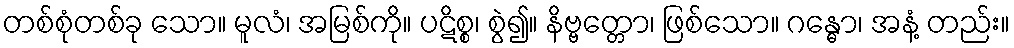
တစ်စုံတစ်ခု သော။ မူလံ၊ အမြစ်ကို။ ပဋိစ္စ၊ စွဲ၍။ နိဗ္ဗတ္တော၊ ဖြစ်သော။ ဂန္ဓော၊ အနံ့ တည်း။